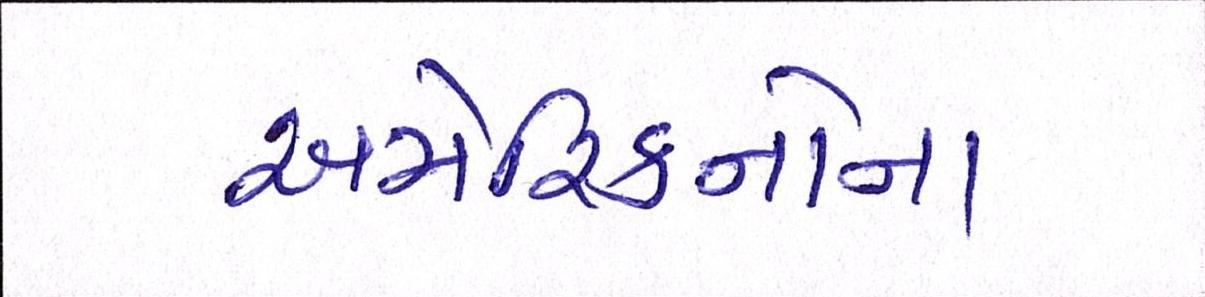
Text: અમેરિકનોના